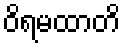
ဝိရမထာတိ